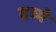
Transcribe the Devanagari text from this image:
दव्ये